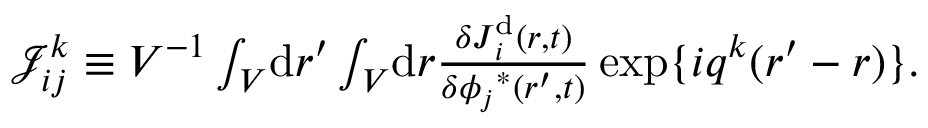
\begin{array} { r } { \mathcal { J } _ { i j } ^ { k } \equiv V ^ { - 1 } \int _ { V } \! \mathrm { d } \boldsymbol { r } ^ { \prime } \int _ { V } \! \mathrm { d } \boldsymbol { r } \frac { \delta \boldsymbol { J } _ { i } ^ { \mathrm { d } } ( \boldsymbol { r } , t ) } { \delta { \phi _ { j } } ^ { * } ( \boldsymbol { r } ^ { \prime } , t ) } \, \mathrm { e x p } \{ i \boldsymbol { q } ^ { k } ( \boldsymbol { r } ^ { \prime } - \boldsymbol { r } ) \} . } \end{array}